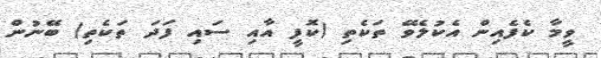
ވީމާ ކެފެއިން އެކުލެވޭ ތަކެތި (ކޮފީ އާއި ސައި ފަދަ ތަކެތި) ބޭނުން